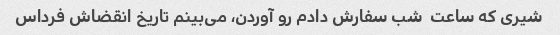
شیری که ساعت  شب سفارش دادم رو آوردن، می‌بینم تاریخ انقضاش فرداس